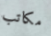
مكاتب